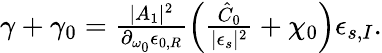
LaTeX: \begin{array}{r}{\gamma+\gamma_{0}=\frac{\lvert A_{1}\rvert^{2}}{\partial_{\omega_{0}}\epsilon_{0,R}}\left(\frac{\hat{C}_{0}}{\lvert\epsilon_{s}\rvert^{2}}+\chi_{0}\right)\epsilon_{s,I}.}\end{array}